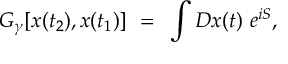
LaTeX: G _ { \gamma } [ x ( t _ { 2 } ) , x ( t _ { 1 } ) ] ~ = ~ \int { \cal D } x ( t ) \, \, e ^ { i S } ,